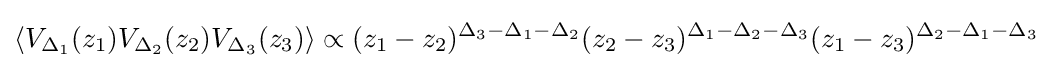
\left\langle V_{\Delta _{1}}(z_{1})V_{\Delta _{2}}(z_{2})V_{\Delta _{3}}(z_{3})\right\rangle \propto (z_{1}-z_{2})^{\Delta _{3}-\Delta _{1}-\Delta _{2}}(z_{2}-z_{3})^{\Delta _{1}-\Delta _{2}-\Delta _{3}}(z_{1}-z_{3})^{\Delta _{2}-\Delta _{1}-\Delta _{3}}